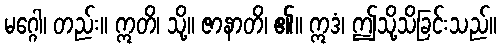
မဂ္ဂေါ၊ တည်း။ ဣတိ၊ သို့။ ဇာနာတိ၊ ၏။ ဣဒံ၊ ဤသို့သိခြင်းသည်။